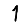
Digit: 1